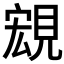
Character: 𧡃